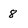
Character: 8